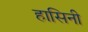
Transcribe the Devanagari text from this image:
हासिनी